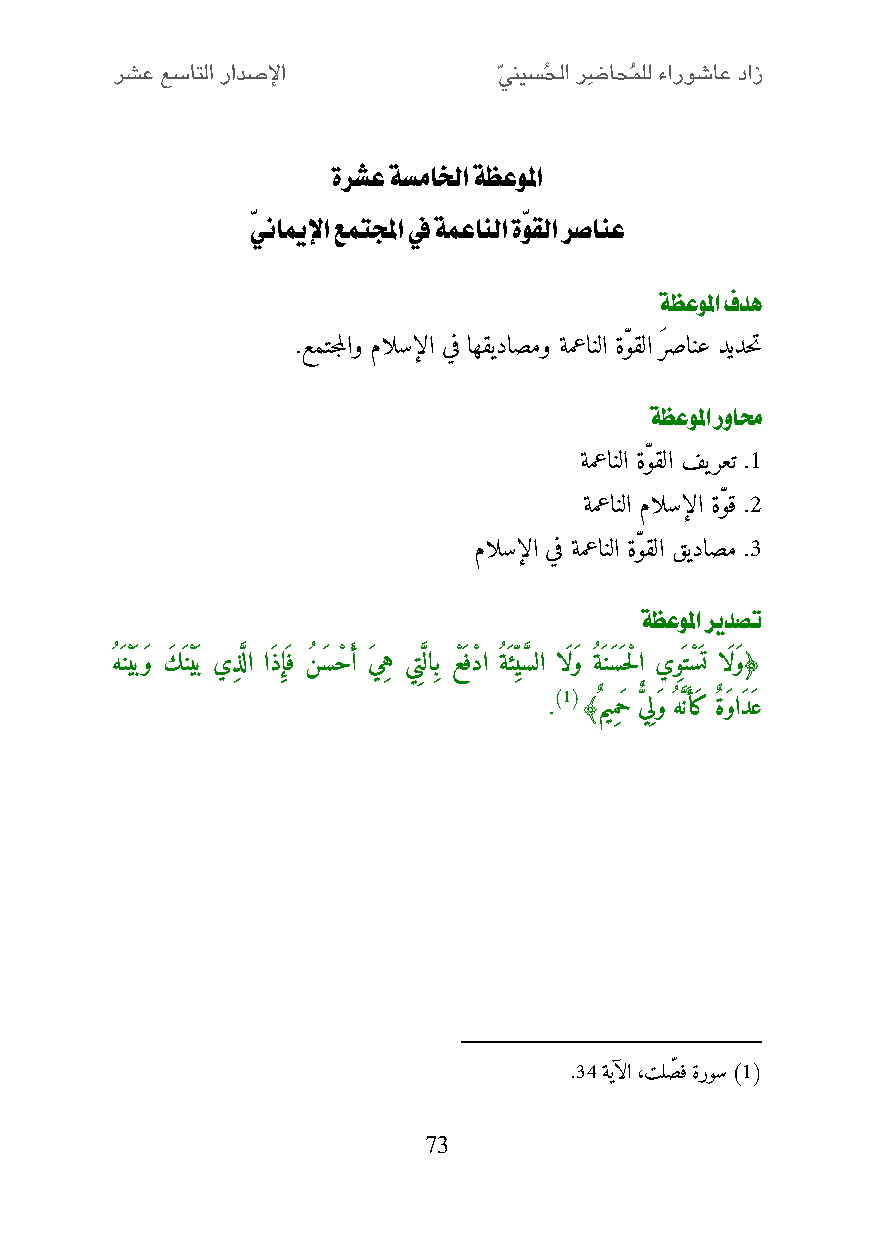
ةرشع ةسمالخا ةظعولما
 ّينايملإا عمتلمجا في ةمعانلا ةّوقلا رصانع
 ةظعولما فده
 .عمتجملاو مالسإلا يف اهقيداصمو ةمعانلا ةّوقلا َر صانع ديدحت
 ةظعولما روامح
 ةمعانلا ةّوقلا فيرعت .2
 ةمعانلا مالسإلا ةّوق .0
 مالسإلا يف ةمعانلا ةّوقلا قيداصم .1
 ةظعولما ريدصت
 ه َنْيَبَو كَ َنْيَب يِذ َّلا اَذإَِف ن َسحْ أَ َي هِ يِت لَّاِب عَْفدْ ا ةَئِ يس َّ لا اَلَو ة َنَسَ حلْ ا يِوَتسَْ ت اَلَو﴿
 .)1( ﴾ٌم يِمَح ٌّ يِلَو ه نَّأََك ٌة َواَدَع
 .14 ةيآلا ،تلصّ ف ةروس )1(
 73